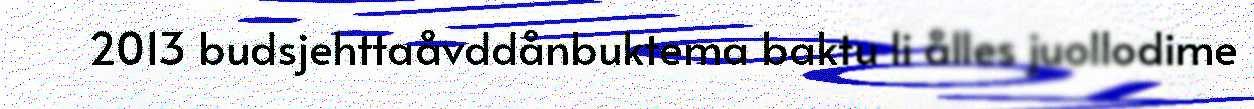
2013 budsjehttaåvddånbuktema baktu li ålles juollodime